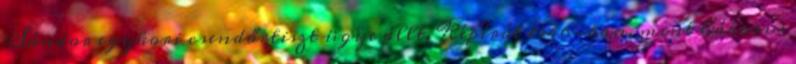
Sándor egykori csendőrtiszt ügye állt. Képírót 1946-ban, mint háborús